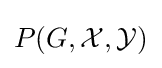
P(G,{\mathcal {X}},{\mathcal {Y}})